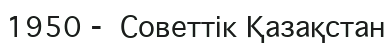
1950 -  Советтік Қазақстан